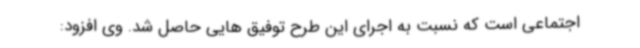
اجتماعی است که نسبت به اجرای این طرح توفیق هایی حاصل شد. وی افزود: